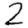
Digit: 2